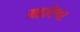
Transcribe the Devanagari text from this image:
महादेश्वर